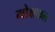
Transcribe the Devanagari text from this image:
मोक्षफल